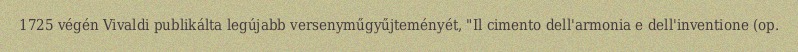
1725 végén Vivaldi publikálta legújabb versenyműgyűjteményét, "Il cimento dell'armonia e dell'inventione (op.